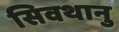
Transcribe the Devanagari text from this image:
सिवथानु